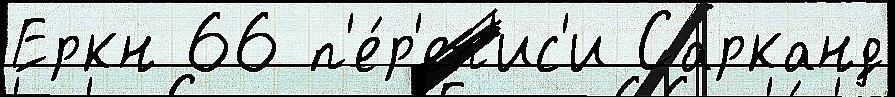
Еркн 66 п'е́р'еп'ис'и Сарканд